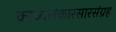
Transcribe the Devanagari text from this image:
काव्यलंकारसारसंग्रह